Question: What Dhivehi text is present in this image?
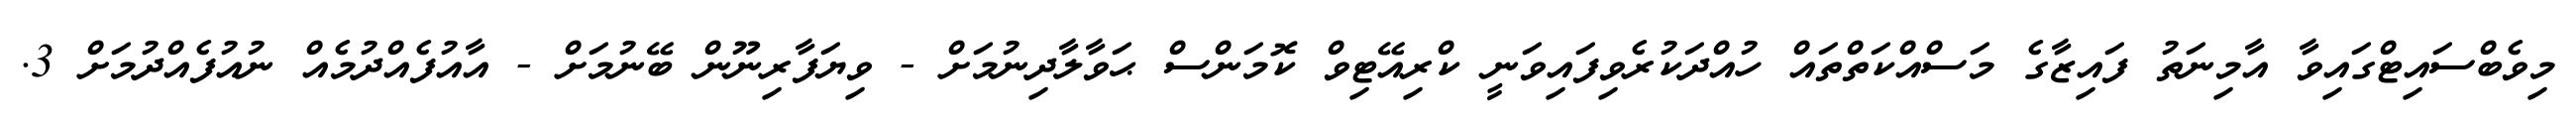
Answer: މިވެބްސައިޓްގައިވާ އާމިނަތު ފައިޒާގެ މަސްއްކަތްތައް ހުއްދަކުރެވިފައިވަނީ ކްރިއޭޓިވް ކޮމަންސް ޙަވާލާދިނުމަށް - ވިޔަފާރިނޫން ބޭނުމަށް - އާއުފެއްދުމެއް ނުއުފެއްދުމަށް 3.